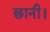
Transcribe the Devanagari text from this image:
छानी।